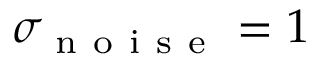
\sigma _ { \mathrm { ~ n ~ o ~ i ~ s ~ e ~ } } = 1